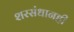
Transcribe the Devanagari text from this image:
शरसंधानही